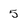
Character: 5